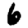
Digit: 6